Punjab Mental Hospital Lahore 1932-46 - 1932-1946
Year: 1932
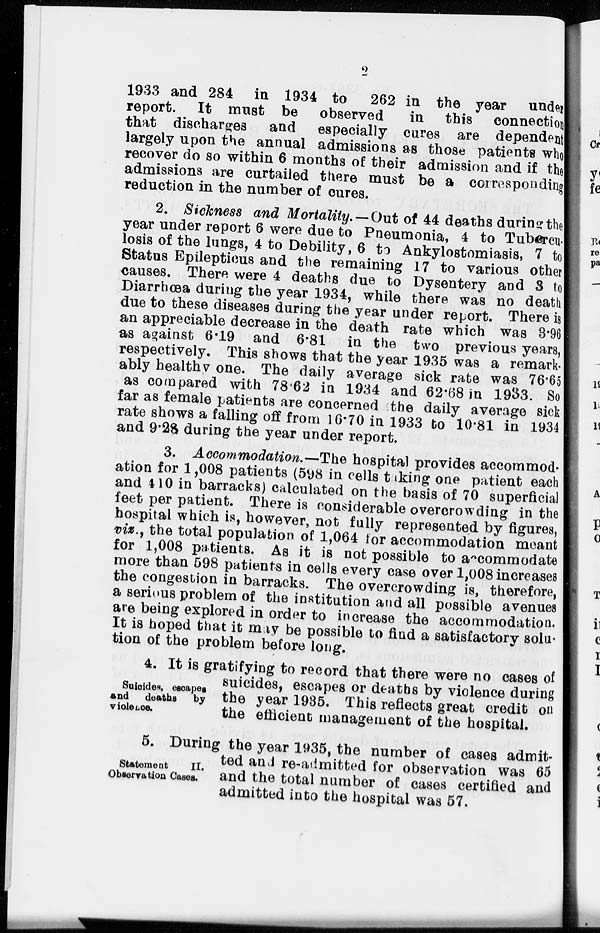
2
1933 and 284 in 1934 to
262 in the year under
report. It must be observed
in this connection
that discharges and especially cures are dependent
largely upon the annual admissions as those patients who
recover do so within 6 months of their admission and if the
admissions are curtailed there must be a corresponding
reduction in the number of cures.
2. Sickness and Mortality.—Out of 44 deaths during the
year under report 6 were due to Pneumonia, 4 to Tubercu-
losis of the lungs, 4 to Debility, 6 to Ankylostomiasis, 7 to
Status Epilepticus and the remaining 17 to various other
causes. There were 4 deaths due to Dysentery and 3 to
Diarrhœa during the year 1934, while there was no death
due to these diseases during the year under report. There is
an appreciable decrease in the death rate which was 3.96
as against 6.19 and 6.81 in the two previous years,
respectively. This shows that the year 1935 was a remark-
ably healthy one. The daily average sick rate was 76.65
as compared with 78.62 in 1934 and 62.68 in 1933. So
far as female patients are concerned the daily average sick
rate shows a falling off from 16.70 in 1933 to 10.81 in 1934
and 9.28 during the year under report.
3. Accommodation.—The hospital provides accommod-
ation for 1,008 patients (598 in cells taking one patient each
and 410 in barracks) calculated on the basis of 70 superficial
feet per patient. There is considerable overcrowding in the
hospital which is, however, not fully represented by figures,
viz., the total population of 1,064 for accommodation meant
for 1,008 patients. As it is not possible to accommodate
more than 598 patients in cells every case over 1,008 increases
the congestion in barracks. The overcrowding is, therefore,
a serious problem of the institution and all possible avenues
are being explored in order to increase the accommodation.
It is hoped that it may be possible to find a satisfactory solu-
tion of the problem before long.
Suicides, escapes
and deaths by
violence.
4. It is gratifying to record that there were no cases of
suicides, escapes or deaths by violence during
the year 1935. This reflects great credit on
the efficient management of the hospital.
Statement
II.
Observation Cases.
5. During the year 1935, the number of cases admit-
ted and re-admitted for observation was 65
and the total number of cases certified and
admitted into the hospital was 57.